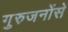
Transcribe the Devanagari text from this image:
गुरुजनोंसे